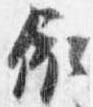
依